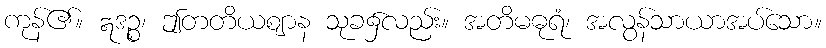
ကုန်၏။ ဣဒဉ္စ၊ ဤတတိယဈာန သုခ၌လည်း။ အတိမဓုရံ၊ အလွန်သာယာအပ်သော။